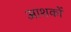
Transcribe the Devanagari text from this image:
आशकों